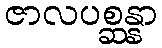
ဇာလပစ္ဆန္နာ